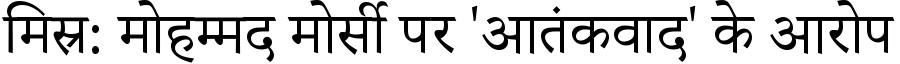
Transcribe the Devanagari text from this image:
मिस्र: मोहम्मद मोर्सी पर 'आतंकवाद' के आरोप